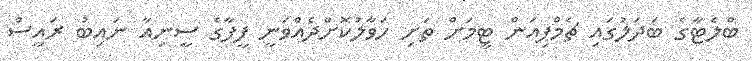
ބްލެޓާގެ ބަދަލުގައި ޗެމްޕިއަން ޓީމަށް ތަށި ހަވާލުކޮށްދެއްވަނީ ފީފާގެ ސީނިއާ ނައިބު ރައީސް